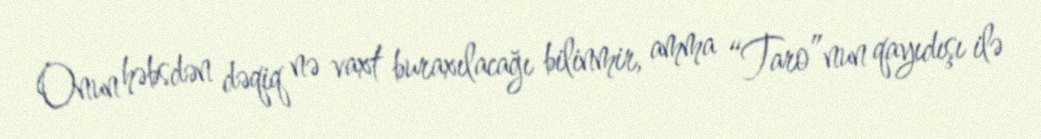
Onun həbsdən dəqiq nə vaxt buraxılacağı bilinmir, amma “Taro”nun qayıdışı ilə